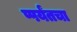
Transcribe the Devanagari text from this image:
प्पर्यंतचा